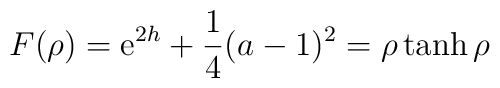
F (\rho )= {\rm e}^{2h} + \frac{1}{4} (a-1)^2 = \rho \tanh \rho